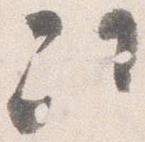
次